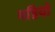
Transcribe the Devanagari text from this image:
मडियों